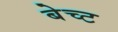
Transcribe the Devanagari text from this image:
बेच्ट